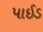
પાઈડ